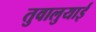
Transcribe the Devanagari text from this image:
तुवालुयाई